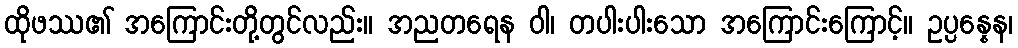
ထိုဖဿ၏ အကြောင်းတို့တွင်လည်း။ အညတရေန ဝါ၊ တပါးပါးသော အကြောင်းကြောင့်။ ဥပ္ပန္နေန၊